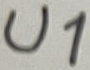
Text: U1